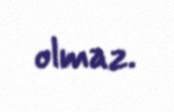
olmaz.